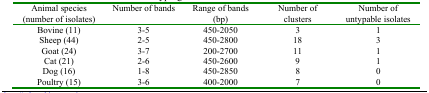
<table><thead><tr><td><b>Animal species (number of isolates)</b></td><td><b>Number of bands</b></td><td><b>Range of bands (bp)</b></td><td><b>Number of clusters</b></td><td><b>Number of untypable isolates</b></td></tr></thead><tbody><tr><td>Bovine (11)</td><td>3-5</td><td>450-2050</td><td>3</td><td>1</td></tr><tr><td>Sheep (44)</td><td>2-5</td><td>450-2800</td><td>18</td><td>3</td></tr><tr><td>Goat (24)</td><td>3-7</td><td>200-2700</td><td>11</td><td>1</td></tr><tr><td>Cat (21)</td><td>2-6</td><td>450-2600</td><td>9</td><td>1</td></tr><tr><td>Dog (16)</td><td>1-8</td><td>450-2850</td><td>8</td><td>0</td></tr><tr><td>Poultry (15)</td><td>3-6</td><td>400-2000</td><td>7</td><td>0</td></tr></tbody></table>